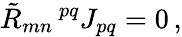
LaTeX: {\tilde{R}}_{mn}\, ^{pq}J_{pq}=0\, ,